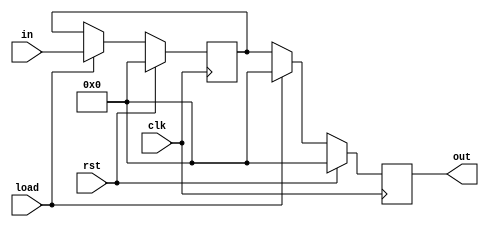
`timescale 1ns / 1ps
//////////////////////////////////////////////////////////////////////////////////
// Group:21
// Members:  Pritkumar Godhani [19CS10048],  Debanjan Saha [19CS30014],
//  
// Module Name: 8 bit Shift Register (Parallel-in-Parallel-out)
// Project Name: Assignment-6 Question 3
//
//////////////////////////////////////////////////////////////////////////////////

module shiftreg8_pipo (
    out,
    in,
    clk,
    load,
    rst
);
	
	 // 8 bit input line
    input [7:0] in;
	 
    input clk,load,rst;
    
	 // 8 bit output line
	 output reg [7:0] out;
	
	 // temporary lines for storing input when loading
    reg [7:0] temp;

    always @(posedge clk) begin
        if(rst) begin
            temp <= 0;
            out <= 0;
        end

        else if (load) begin
            temp <= in;
            out <= 0;
        end

        else begin
            out <= temp;
        end
    end
endmodule